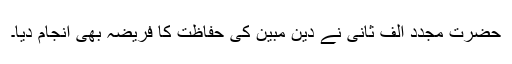
حضرت مجدد الف ثانیؒ نے دین مبین کی حفاظت کا فریضہ بھی انجام دیا۔